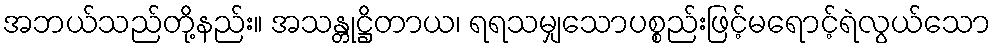
အဘယ်သည်တို့နည်း။ အသန္တုဋ္ဌိတာယ၊ ရရသမျှသောပစ္စည်းဖြင့်မရောင့်ရဲလွယ်သော